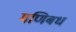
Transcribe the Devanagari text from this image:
मणिबध